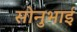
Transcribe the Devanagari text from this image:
सोनुभाई